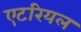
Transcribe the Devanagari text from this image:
एटरियल